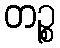
တဉ္စ